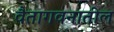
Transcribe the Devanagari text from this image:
वैतागवनातील